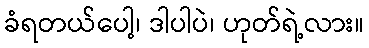
ခံရတယ်ပေါ့၊ ဒါပါပဲ၊ ဟုတ်ရဲ့လား။